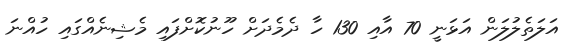
އަލަތެލުލަން އަޅަނީ 70 އާއި 130 ހާ ދެމެދަށް ހޫނުކޮށްފައި މެޝިނެއްގައި ހުއްނަ